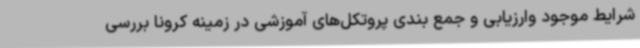
شرایط موجود وارزیابی و جمع بندی پروتکل‌های آموزشی در زمینه کرونا بررسی